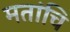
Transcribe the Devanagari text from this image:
मतांचि